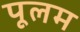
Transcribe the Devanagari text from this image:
पूलम